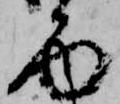
面